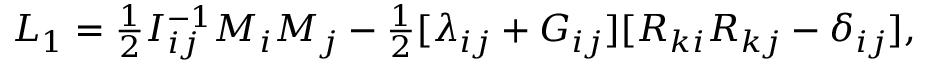
\begin{array} { r } { L _ { 1 } = \frac 1 2 I _ { i j } ^ { - 1 } M _ { i } M _ { j } - \frac 1 2 [ \lambda _ { i j } + G _ { i j } ] [ R _ { k i } R _ { k j } - \delta _ { i j } ] , } \end{array}